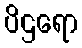
ပိဌရော